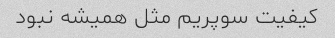
کیفیت سوپریم مثل همیشه نبود